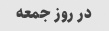
در روز جمعه